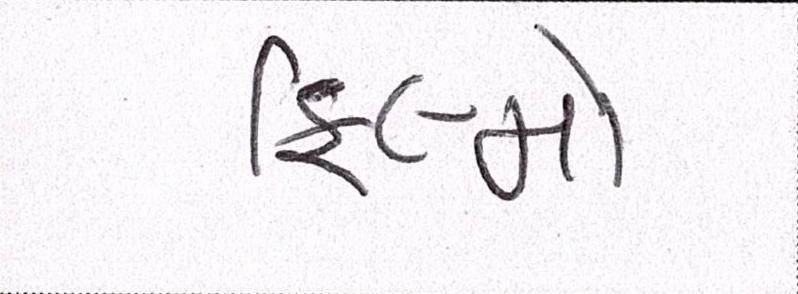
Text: ફિલ્મો